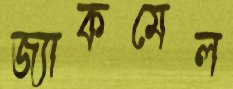
জ্যাকমেল